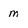
Character: m